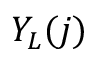
Y _ { L } ( j )